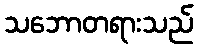
သဘောတရားသည်